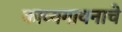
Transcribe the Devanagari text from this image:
काव्यगायनाचे